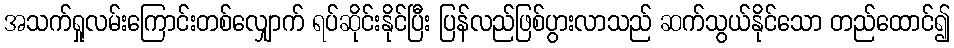
အသက်ရှုလမ်းကြောင်းတစ်လျှောက် ရပ်ဆိုင်းနိုင်ပြီး ပြန်လည်ဖြစ်ပွားလာသည် ဆက်သွယ်နိုင်သော တည်ထောင်၍